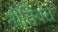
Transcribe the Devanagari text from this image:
नीतिवंत